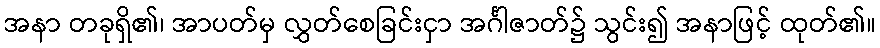
အနာ တခုရှိ၏၊ အာပတ်မှ လွှတ်စေခြင်းငှာ အင်္ဂါဇာတ်၌ သွင်း၍ အနာဖြင့် ထုတ်၏။